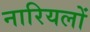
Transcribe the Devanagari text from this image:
नारियलों